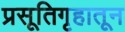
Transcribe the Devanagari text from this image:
प्रसूतिगृहातून